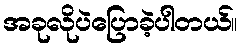
အခုလိုပဲပြောခဲ့ပါတယ်။